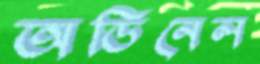
অডিনেল